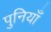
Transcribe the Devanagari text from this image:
पुनियाँ